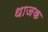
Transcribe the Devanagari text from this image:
थाजक